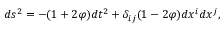
d s ^ { 2 } = - ( 1 + 2 \varphi ) d t ^ { 2 } + \delta _ { i j } ( 1 - 2 \varphi ) d x ^ { i } d x ^ { j } ,